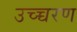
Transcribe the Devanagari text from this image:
उच्च्चरण